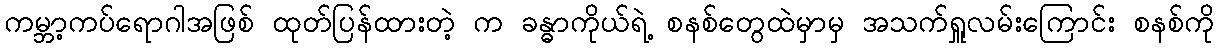
ကမ္ဘာ့ကပ်ရောဂါအဖြစ် ထုတ်ပြန်ထားတဲ့ က ခန္ဓာကိုယ်ရဲ့ စနစ်တွေထဲမှာမှ အသက်ရှူလမ်းကြောင်း စနစ်ကို